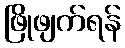
ဖြိုဖျက်ရန်